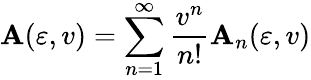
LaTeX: \mathbf{A}(\varepsilon,v)=\sum_{n=1}^{\infty}{\frac{{v^{n}}}{{n!}}}\mathbf{A}_{n}(\varepsilon,v)